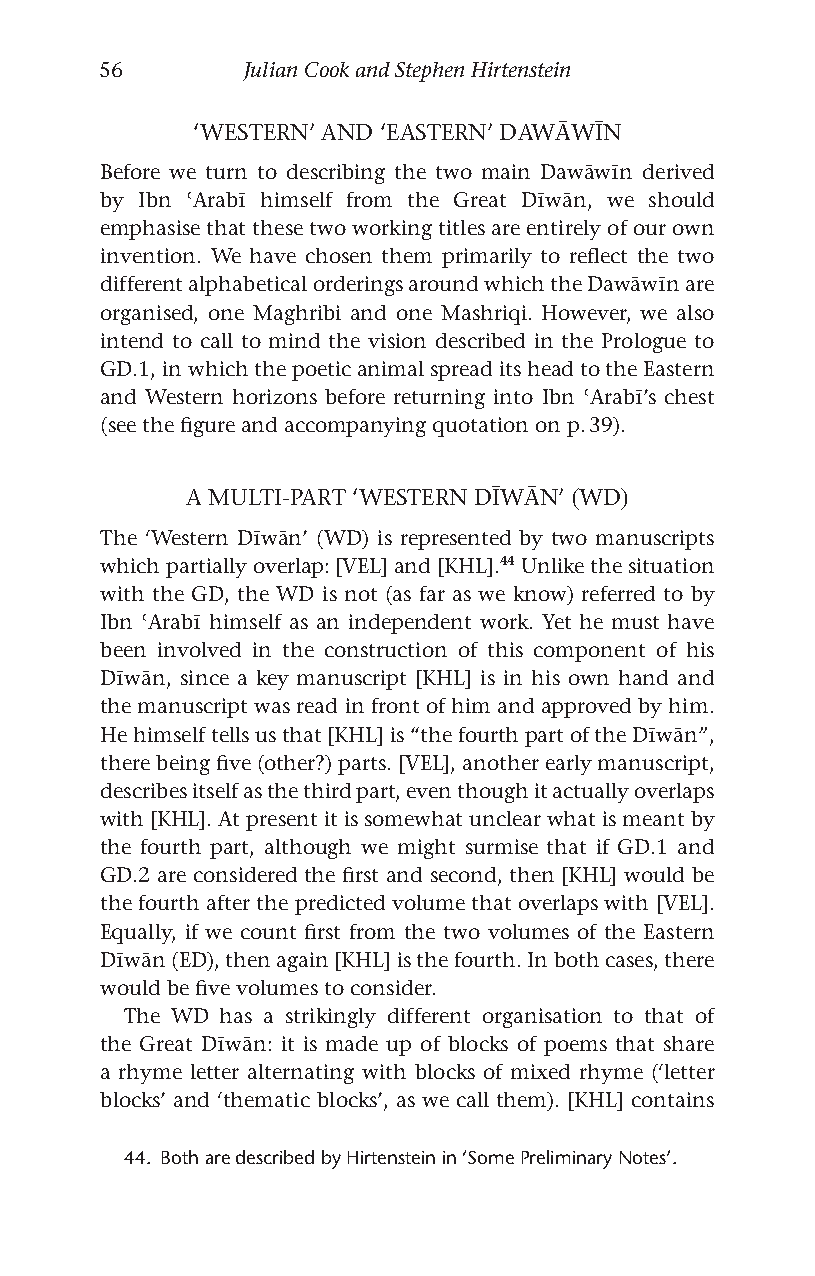
56       Julian Cook and Stephen Hirtenstein
 ‘WESTERN’ AND ‘EASTERN’ DAWĀWīN
 Before we turn to describing the two main Dawāwīn derived
 by Ibn ʿArabī himself from the Great Dīwān, we should
 emphasise that these two working titles are entirely of our own
 invention. We have chosen them primarily to reflect the two
 different alphabetical orderings around which the Dawāwīn are
 organised, one Maghribi and one Mashriqi. However, we also
 intend to call to mind the vision described in the Prologue to
 GD.1, in which the poetic animal spread its head to the Eastern
 and Western horizons before returning into Ibn ʿArabī’s chest
 (see the figure and accompanying quotation on p. 39).
 A MULTI-PART ‘WESTERN DīWĀN’ (WD)
 The ‘Western Dīwān’ (WD) is represented by two manuscripts
 which partially overlap: [VEL] and [KHL].44 Unlike the situation
 with the GD, the WD is not (as far as we know) referred to by
 Ibn ʿArabī himself as an independent work. Yet he must have
 been involved in the construction of this component of his
 Dīwān, since a key manuscript [KHL] is in his own hand and
 the manuscript was read in front of him and approved by him.
 He himself tells us that [KHL] is “the fourth part of the Dīwān”,
 there being five (other?) parts. [VEL], another early manuscript,
 describes itself as the third part, even though it actually overlaps
 with [KHL]. At present it is somewhat unclear what is meant by
 the fourth part, although we might surmise that if GD.1 and
 GD.2 are considered the first and second, then [KHL] would be
 the fourth after the predicted volume that overlaps with [VEL].
 Equally, if we count first from the two volumes of the Eastern
 Dīwān (ED), then again [KHL] is the fourth. In both cases, there
 would be five volumes to consider.
 The WD has a strikingly different organisation to that of
 the Great Dīwān: it is made up of blocks of poems that share
 a rhyme letter alternating with blocks of mixed rhyme (‘letter
 blocks’ and ‘thematic blocks’, as we call them). [KHL] contains
 44. Both are described by Hirtenstein in ‘Some Preliminary Notes’.